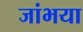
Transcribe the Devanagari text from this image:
जांभया